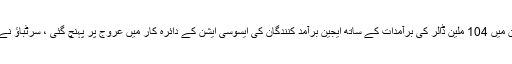
یہ بتاتے ہوئے کہ ایجیئن ریڈی ٹو پہن اور ملبوسات برآمد کنندگان ایسوسی ایشن جون میں 104 ملین ڈالر کی برآمدات کے ساتھ ایجین برآمد کنندگان کی ایسوسی ایشن کے دائرہ کار میں عروج پر پہنچ گئی ، سرٹباؤ نے کہا ، "روایتی ملبوسات کی ہماری برآمدات جون میں جون 2019 میں پکڑی گئیں۔